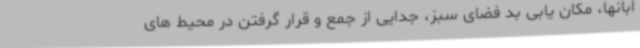
ابانها، مکان یابی بد فضای سبز، جدایی از جمع و قرار گرفتن در محیط های